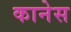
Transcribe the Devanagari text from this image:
कानेस